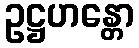
ဥဋ္ဌဟန္တော